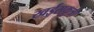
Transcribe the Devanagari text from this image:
खईसकुत्री